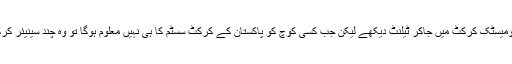
انھوں نے کہا کہ کوچ کا کام یہ ہوتا ہے کہ وہ ڈومیسٹک کرکٹ میں جاکر ٹیلنٹ دیکھے لیکن جب کسی کوچ کو پاکستان کے کرکٹ سسٹم کا ہی نہیں معلوم ہوگا تو وہ چند سینیئر کرکٹرز اور سلیکشن کمیٹی پر ہی انحصار کرے گا۔